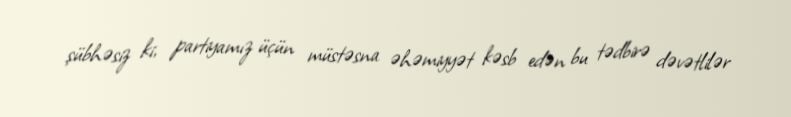
şübhəsiz ki, partiyamız üçün müstəsna əhəmiyyət kəsb edən bu tədbirə dəvətlilər